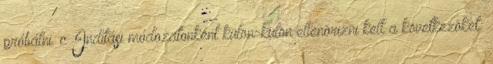
próbálni. c Indítási módozatonként külön-külön ellenõrizni kell a következõket: